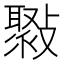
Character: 𣀒